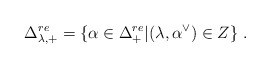
\begin{align*}\Delta^{re}_{\lambda,+} = \{ \alpha \in \Delta^{re}_+ | (\lambda,\alpha^\vee)\in Z \}\;.\end{align*}